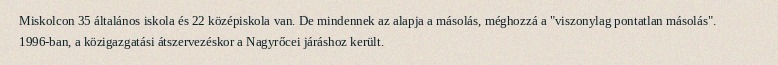
Miskolcon 35 általános iskola és 22 középiskola van. De mindennek az alapja a másolás, méghozzá a "viszonylag pontatlan másolás". 1996-ban, a közigazgatási átszervezéskor a Nagyrőcei járáshoz került.